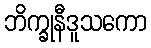
ဘိက္ခုနီဒူသကော